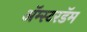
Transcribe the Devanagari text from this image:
अॅम्स्टरडॅम